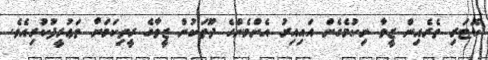
ކޮޓަރި ތެރެއިން ޒީވާ ނިކުމެގެން އައިއިރު އެންމެންގެ ދޫތަކުން ޒީވާގެ ރީތިކަމަށް ތަޢުރީފުކުރިއެވެ.